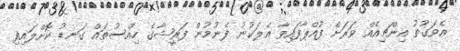
އެވަގުތު އިންޗިއެއް ވަރަށް ފުއްޕާފައިވާ އެލަކުނު ފެނުމުން ފަރީޝާގެ ހިއްސުތައް ގަނޑު ކޮށްލައިފި